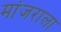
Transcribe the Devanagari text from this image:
मांजराला